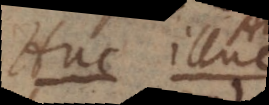
Huc. Illuc